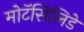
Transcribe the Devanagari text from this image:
मोटॅसिलिडे